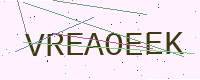
Text: VREAOEEK